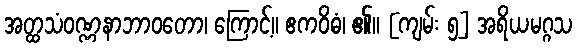
အတ္ထသံဝဏ္ဏနာဘာဝတော၊ ကြောင့်။ ဧကဝိဓံ၊ ၏။ [ကျမ်း ၅] အရိယမဂ္ဂသ